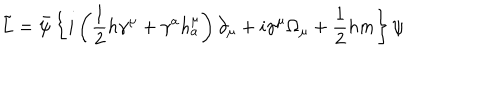
LaTeX: \tilde { L } = \bar { \psi } \left\{ i \left( \frac 1 2 h \gamma ^ { \mu } + \gamma ^ { a } h _ { a } ^ { \mu } \right) \partial _ { \mu } + i \gamma ^ { \mu } \Omega _ { \mu } + \frac 1 2 h m \right\} \psi